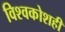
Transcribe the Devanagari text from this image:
विश्वकोशही